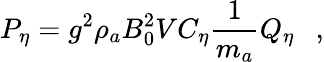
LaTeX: P_{\eta}=g^{2}\rho_{a}B_{0}^{2}VC_{\eta}{\frac{1}{m_{a}}}Q_{\eta}~~\ ,